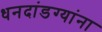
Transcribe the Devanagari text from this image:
धनदांडग्यांना